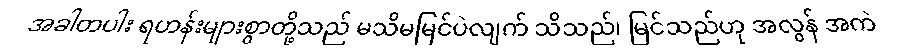
အခါတပါး ရဟန်းများစွာတို့သည် မသိမမြင်ပဲလျက် သိသည်၊ မြင်သည်ဟု အလွန် အကဲ